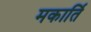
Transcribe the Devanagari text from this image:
मकार्ति